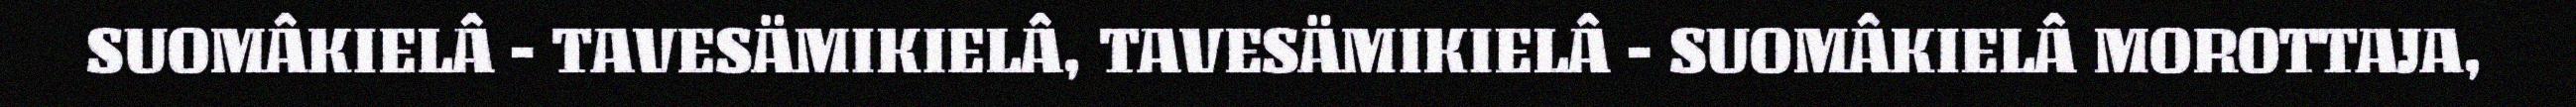
SUOMÂKIELÂ - TAVESÄMIKIELÂ, TAVESÄMIKIELÂ - SUOMÂKIELÂ MOROTTAJA,